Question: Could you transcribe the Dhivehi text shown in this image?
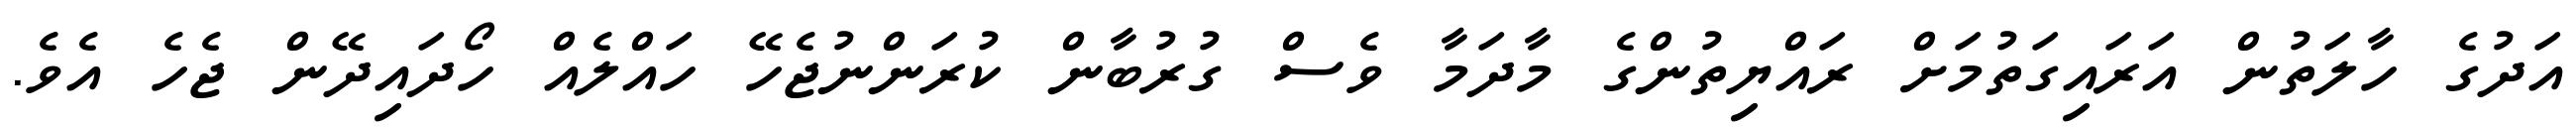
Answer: އަދުގެ ހާލަތުން އަރައިގަތުމަށް ރައްޔިތުންގެ މާދަމާ ވެސް ގުރުބާން ކުރަންނުޖެހޭ ހައްލެއް ހޯދައިދޭން ޖެހެ އެވެ.